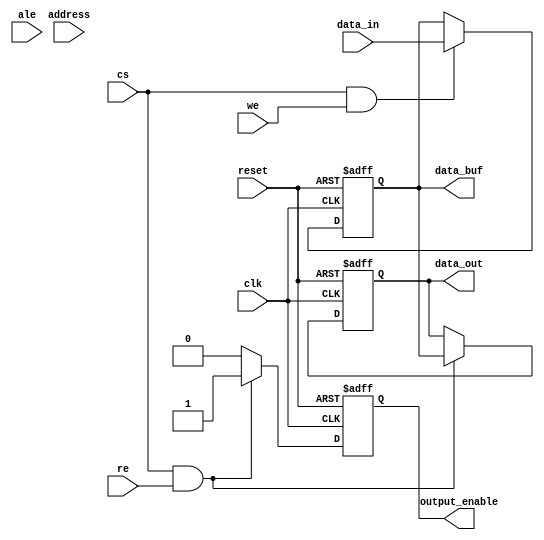
module io_block (
    input wire clk,              // Clock signal
    input wire reset,            // Reset signal
    input wire cs,               // Chip Select
    input wire we,               // Write Enable
    input wire re,               // Read Enable
    input wire ale,              // Address Latch Enable
    input wire [31:0] data_in,   // Input data
    input wire [31:0] address,    // Address input
    output reg [31:0] data_out,   // Output data
    output reg [31:0] data_buf,    // Data buffer for input
    output reg output_enable       // Control signal for output buffer
);

    // Latch to hold address when ALE is asserted
    reg [31:0] addr_latch;
    
    always @(posedge clk or posedge reset) begin
        if (reset) begin
            addr_latch <= 32'b0;
            data_buf <= 32'b0;
            data_out <= 32'b0;
            output_enable <= 1'b0;
        end else begin
            // Address Latch
            if (ale) begin
                addr_latch <= address;
            end
            
            // Write Operation
            if (cs && we) begin
                data_buf <= data_in; // Capture incoming data
            end
            
            // Read Operation
            if (cs && re) begin
                output_enable <= 1'b1;  // Enable output driver
                data_out <= data_buf;   // Output the buffered data
            end else begin
                output_enable <= 1'b0;   // Disable output driver else
            end
        end
    end
    
    // Optional: Error Detection (e.g., Parity Check)
    reg parity_bit;
    always @(posedge clk or posedge reset) begin
        if (reset) begin
            parity_bit <= 1'b0;
        end else begin
            parity_bit <= ^data_buf; // Calculate parity for data_buf
        end
    end
    
    // Power Management (Example: Simulated Sleep Mode Control)
    reg sleep_mode;
    always @(posedge clk or posedge reset) begin
        if (reset) begin
            sleep_mode <= 1'b0;
        end else if (cs && !we && !re) begin
            sleep_mode <= 1'b1; // Enter sleep mode if neither read nor write
        end else if (cs && (we || re)) begin
            sleep_mode <= 1'b0; // Exit sleep mode during activity
        end
    end
    
endmodule